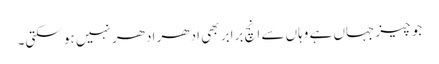
جو چیز جہاں ہے وہاں سے انچ برابر بھی ادھر ادھر نہیں ہو سکتی۔